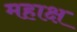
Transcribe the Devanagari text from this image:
महाक्ष